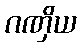
ဂဏှိယ